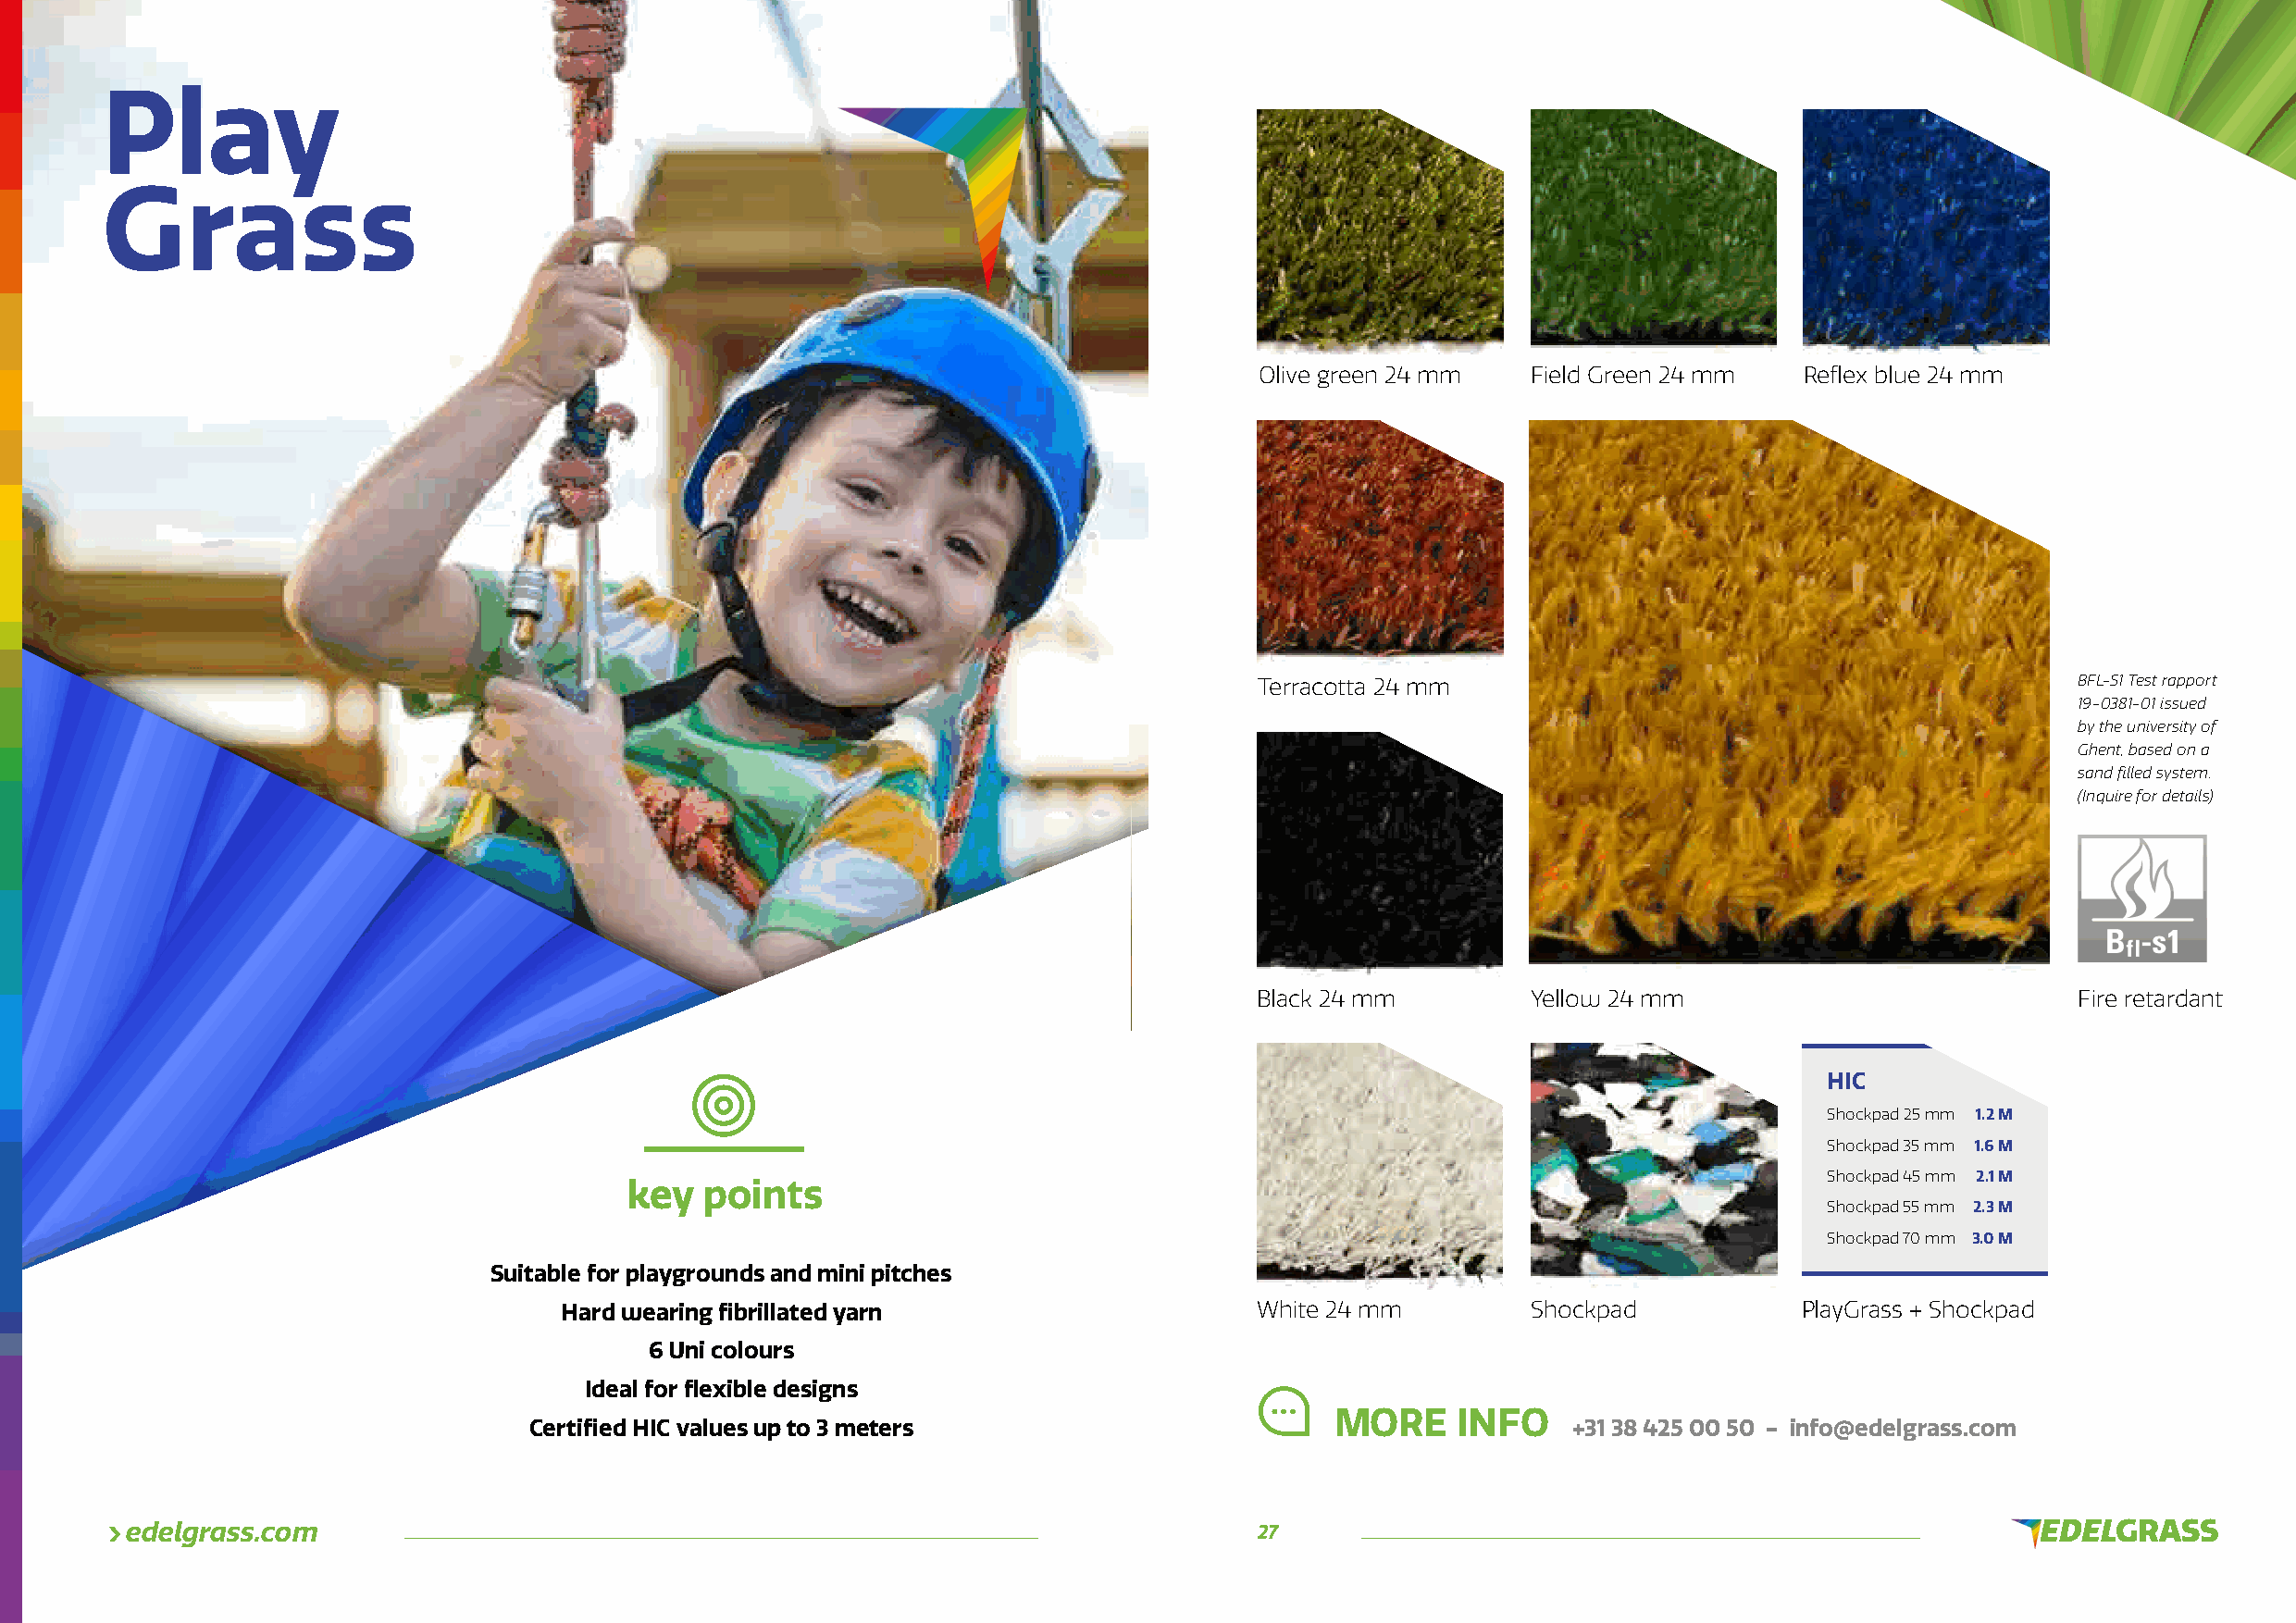
Play
 Grass
 OOlliivvee ggrreeeenn 2244 mmmm RFieefll de xG brelueen 2244 mmmm BRelaflcekx 2 b4l umem 24 mm
 TTeerrrraaccoottttaa 2244 mmmm                             BBFFLL--SS11 TTeesstt rraappppoorrtt
 1199--00338811--0011 iissssuueedd
 bbyy tthhee uunniivveerrssiittyy ooff
 GGhheenntt,, bbaasseedd oonn aa
 ssaanndd fifi lllleedd ssyysstteemm..
 ((IInnqquuiirree ffoorr ddeettaaiillss))
 WBlahcitke 2244 mmmm YYeellllooww 2244 mmmm                FFiirree rreettaarrddaanntt
 HIC                                    HIC
 Shockpad 25 mm 1.2 M                   Shockpad 25 mm 1.2 M
 Shockpad 35 mm 1.6 M                   Shockpad 35 mm 1.6 M
 Shockpad 45 mm 2.1 M                   Shockpad 45 mm 2.1 M
 key  points                                                                              data  &
 Shockpad 55 mm 2.3 M                   Shockpad 55 mm 2.3 M
 images
 Shockpad 70 mm 3.0 M                   Shockpad 70 mm 3.0 M
 Suitable for playgrounds and mini pitches
 Hard wearing fi brillated yarn                    PWlahyitGer a2s4s m + mShockpad SShhoocckkppaadd PlayGrass + Shockpad
 6 Uni colours
 Ideal for fl exible designs
 MORE     INFO
 Certifi ed HIC values up to 3 meters                                       +31 38 425 00 50 - info@edelgrass.com
 edelgrass.com                                                                    27